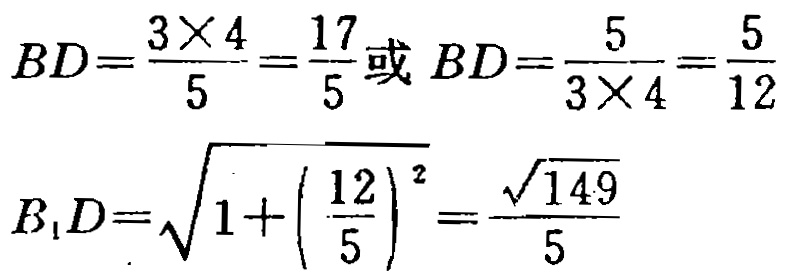
\[

BD=\frac{3\times 4}{5}=\frac{17}{5}或BD=\frac{5}{3\times 4}=\frac{5}{12}

\]

\[

B_{1}D=\sqrt{1 + \left(\frac{12}{5}\right)^{2}}=\frac{\sqrt{149}}{5}

\]